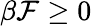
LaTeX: \beta{\cal F}\geq 0